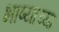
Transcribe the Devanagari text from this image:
भाष्याच्या